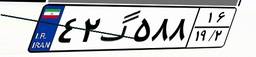
۴۲گ۵۸۸۱۶